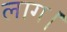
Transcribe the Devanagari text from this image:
लाग।